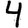
Digit: 4